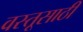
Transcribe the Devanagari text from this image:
वस्तूसाठी